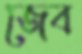
জেব